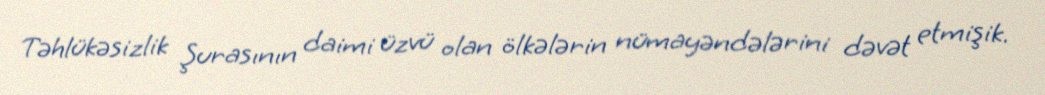
Təhlükəsizlik Şurasının daimi üzvü olan ölkələrin nümayəndələrini dəvət etmişik.